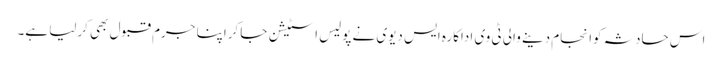
اس حادثہ کوانجام دینے والی ٹی وی اداکارہ ایس دیوی نے پولیس اسٹیشن جا کراپنا جرم قبول بھی کرلیا ہے۔